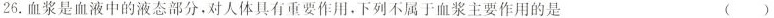
26.血浆是血液中的液态部分，对人体具有重要作用，下列不属于血浆主要作用的是 ()